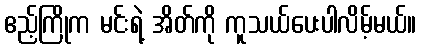
ဧည့်ကြိုက မင်းရဲ့ အိတ်ကို ကူသယ်ပေးပါလိမ့်မယ်။